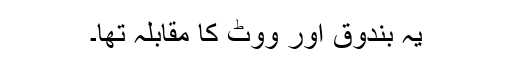
یہ بندوق اور ووٹ کا مقابلہ تھا۔